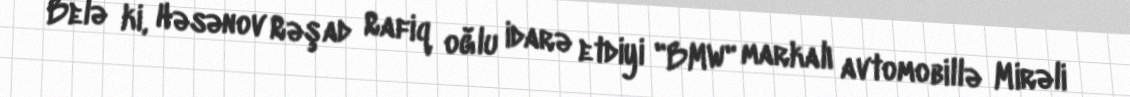
Belə ki, Həsənov Rəşad Rafiq oğlu idarə etdiyi "BMW" markalı avtomobillə Mirəli